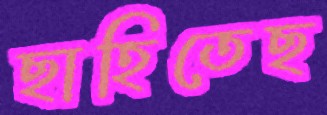
ছাহিতেছ